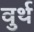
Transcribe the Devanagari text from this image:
वुर्थ